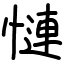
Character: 慩